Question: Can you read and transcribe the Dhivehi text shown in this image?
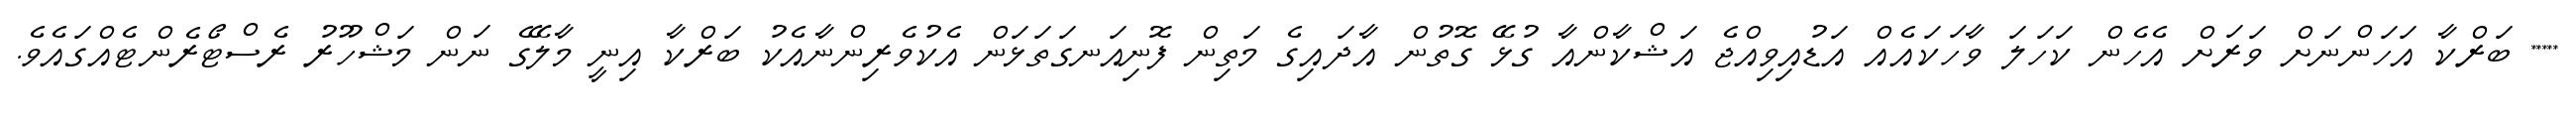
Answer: ***** ބަރްކާ އަހަންނަށް ވަރަށް އެހެން ކަހަލަ ވާހަކައެއް އަޑުއިވިއްޖެ އަޝްކާންއާ ގުޅޭ ގޮތުން އާދައިގެ މަތިން ފޮނިއަނގަތަޅަން އެކުވެރިންނާއެކު ބަރްކާ އިނީ މާލޭގެ ނަން މަޝްހޫރު ރެސްޓޯރެންޓެއްގައެވެ.